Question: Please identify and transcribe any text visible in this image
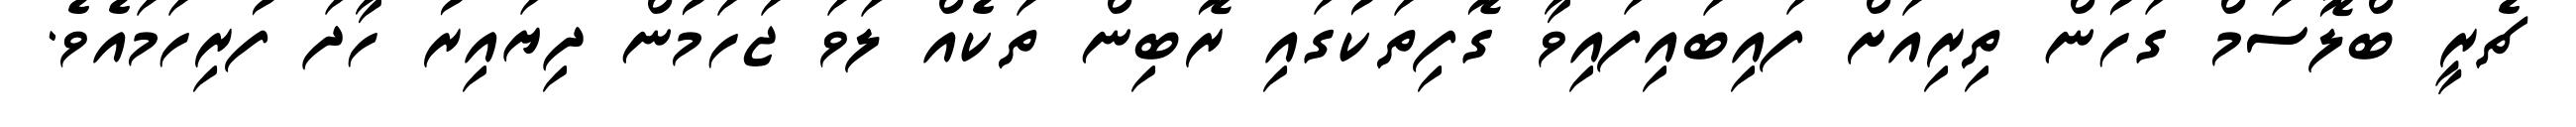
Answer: ޗެރީ ބްލޮސަމް ގަހުން ތިރިއަށް ފައިބައިފައިވާ ގޮފިތަކުގައި ރޮބިން ތަކެއް ލަވަ ޖަހަމުން ދިޔައިރު ހާދަ ފުރިހަމައެވެ.